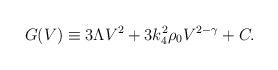
LaTeX: \begin{align*}G(V) \equiv 3\Lambda V^2 + 3 k_4^2 \rho_0 V^{2-\gamma} + C.\end{align*}